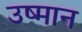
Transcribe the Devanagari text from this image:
उष्मान